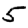
Digit: 5